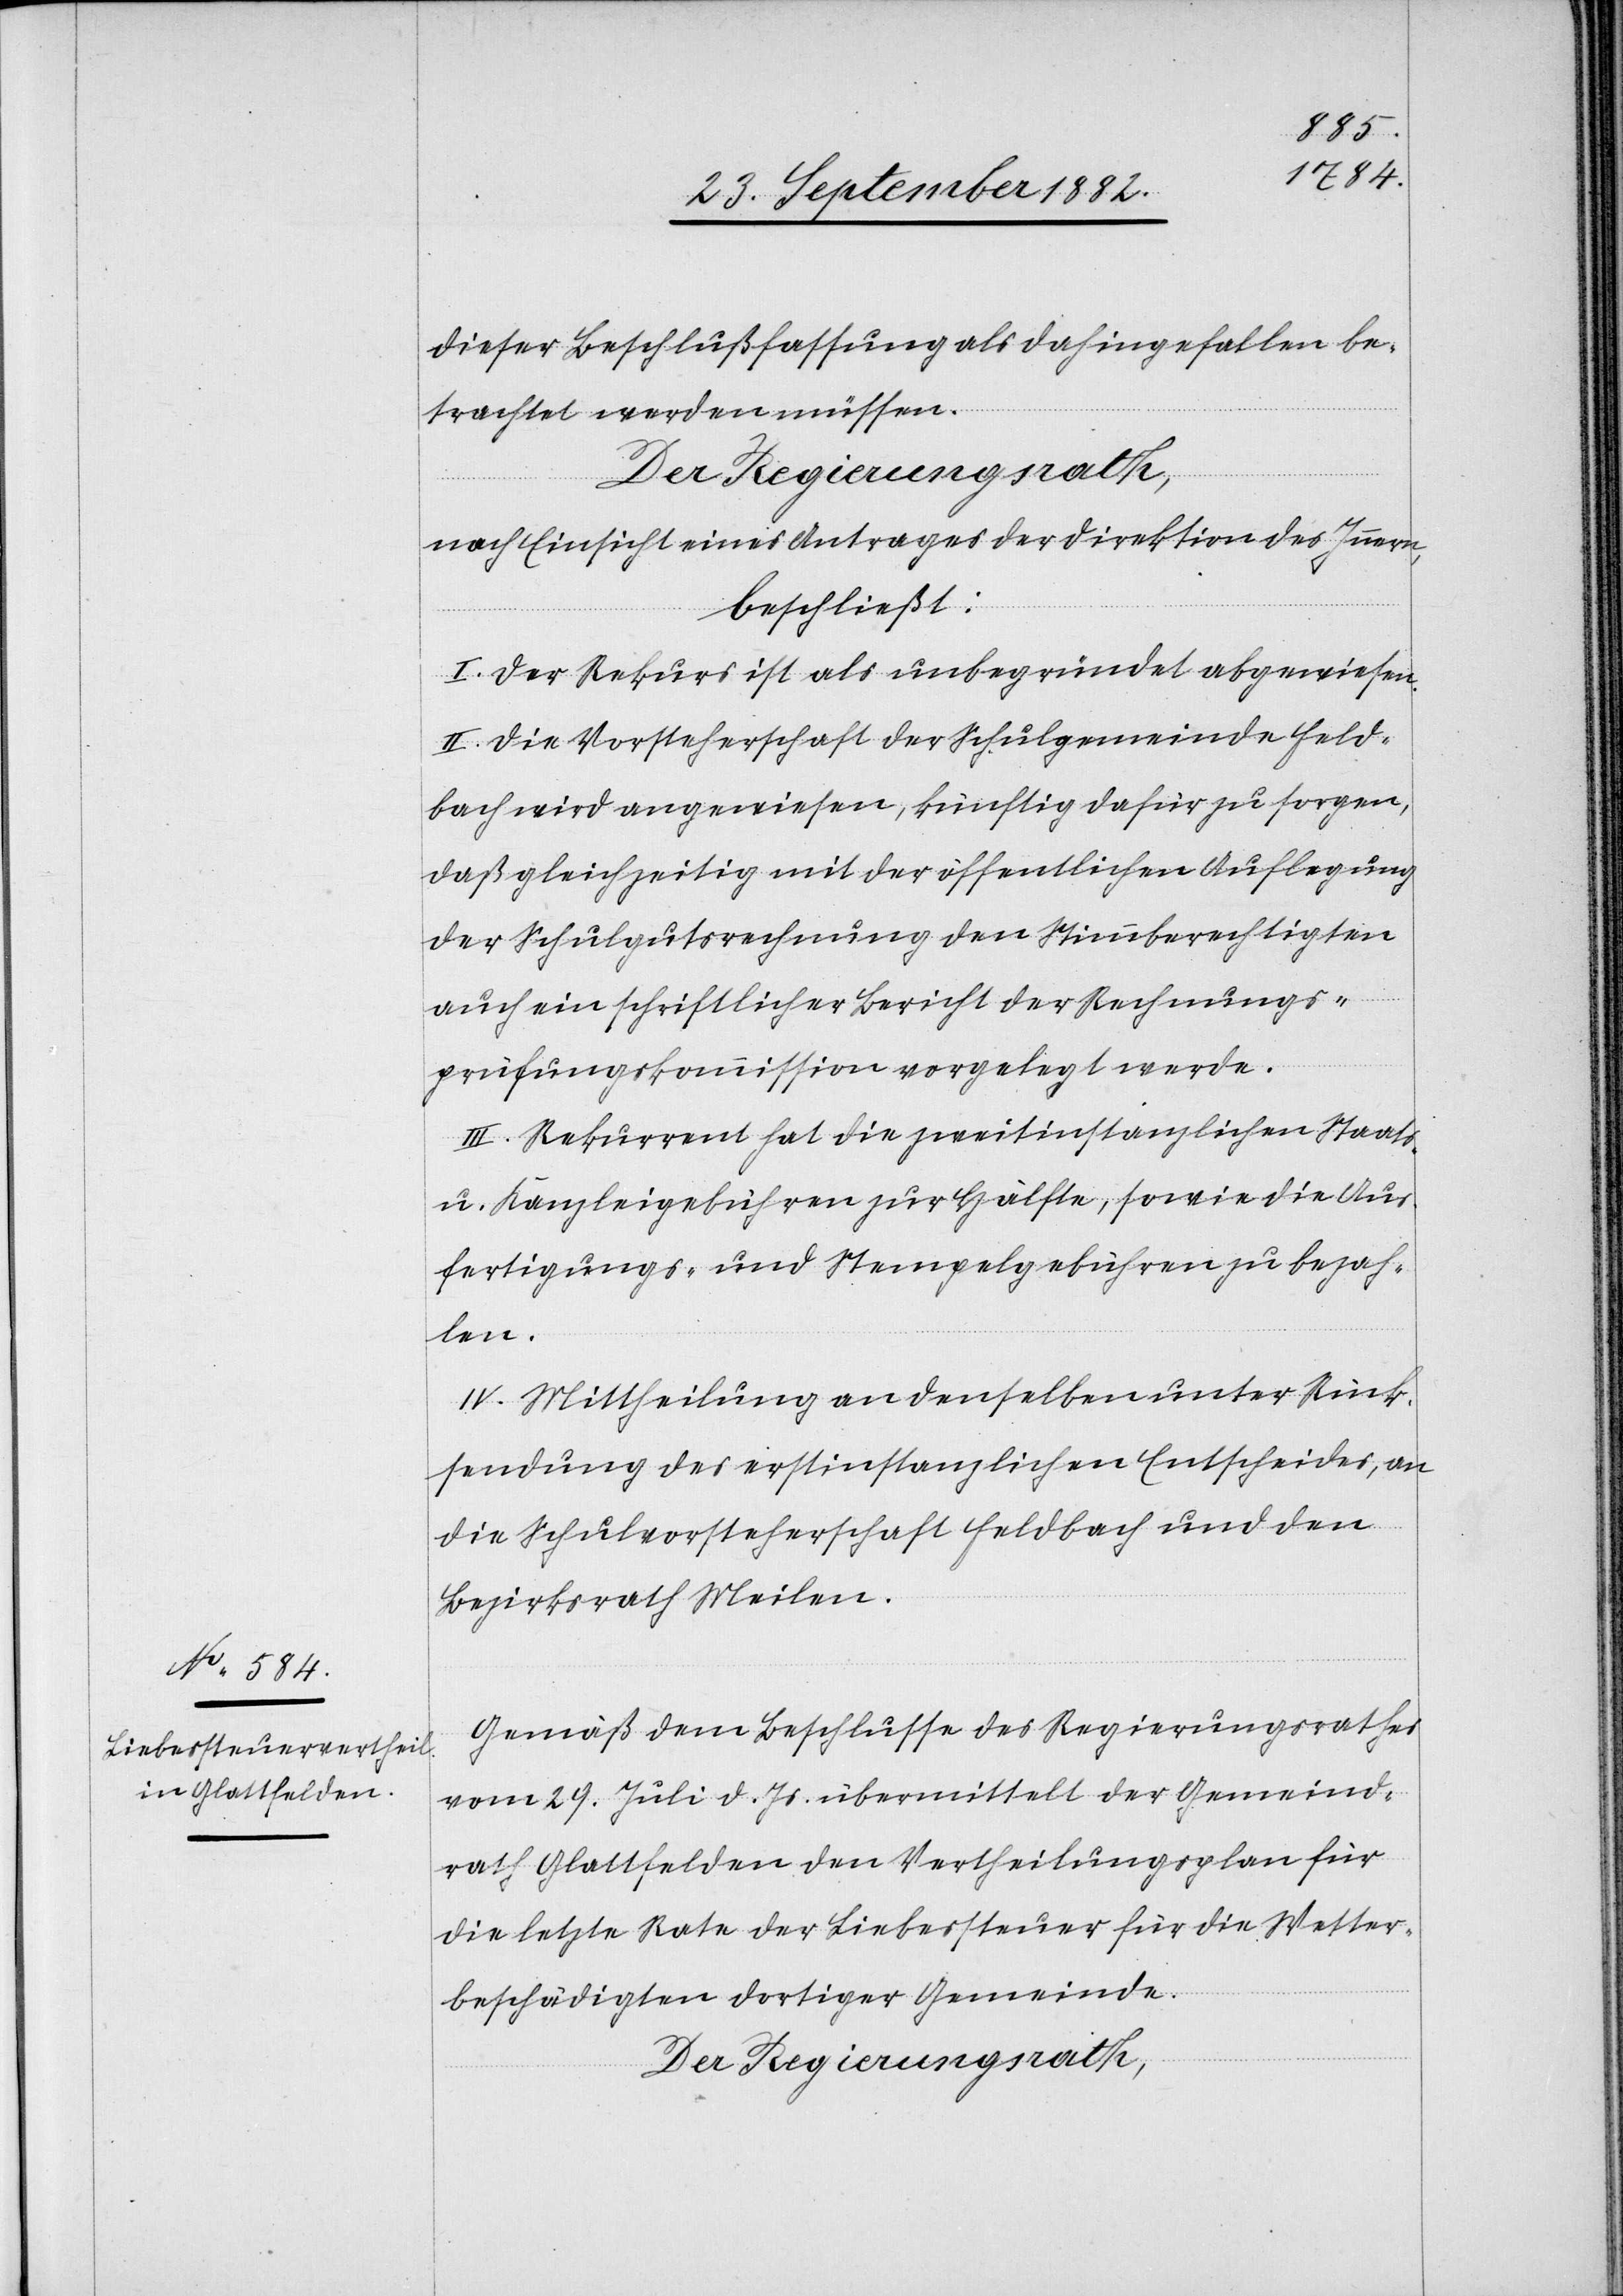
dieser Beschlußfassung als dahingefallen be¬
trachtet werden müssen.
Der Regierungsrath,
nach Einsicht eines Antrages der Direktion des Innern,
beschließt:
I. Der Rekurs ist als unbegründet abgewiesen.
II. Die Vorsteherschaft der Schulgemeinde Feld¬
bach wird angewiesen, künftig dafür zu sorgen,
daß gleichzeitig mit der öffentlichen Auflegung
der Schulgutsrechnung den Stimmberechtigten
auch ein schriftlicher Bericht der Rechnungs¬
prüfungskommission vorgelegt werde.
III. Rekurrent hat die zweitinstanzlichen Staats-
u. Kanzleigebühren zur Hälfte, sowie die Aus¬
fertigungs- und Stempelgebühren zu bezah¬
len.
IV. Mittheilung an denselben unter Rück¬
sendung des erstinstanzlichen Entscheides, an
die Schulvorsteherschaft Feldbach und den
Bezirksrath Meilen.
Gemäß dem Beschlusse des Regierungsrathes
vom 29. Juli d. Js. übermittelt der Gemeind¬
rath Glattfelden den Vertheilungsplan für
die letzte Rate der Liebessteuer für die Wetter¬
beschädigten dortiger Gemeinde.